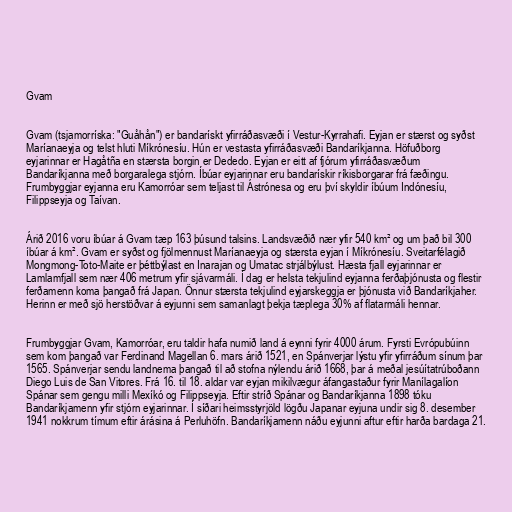
Gvam

Gvam (tsjamorríska: "Guåhån") er bandarískt yfirráðasvæði í Vestur-Kyrrahafi. Eyjan er stærst og syðst
Maríanaeyja og telst hluti Míkrónesíu. Hún er vestasta yfirráðasvæði Bandaríkjanna. Höfuðborg
eyjarinnar er Hagåtña en stærsta borgin er Dededo. Eyjan er eitt af fjórum yfirráðasvæðum
Bandaríkjanna með borgaralega stjórn. Íbúar eyjarinnar eru bandarískir ríkisborgarar frá fæðingu.
Frumbyggjar eyjanna eru Kamorróar sem teljast til Ástrónesa og eru því skyldir íbúum Indónesíu,
Filippseyja og Taívan.

Árið 2016 voru íbúar á Gvam tæp 163 þúsund talsins. Landsvæðið nær yfir 540 km² og um það bil 300
íbúar á km². Gvam er syðst og fjölmennust Maríanaeyja og stærsta eyjan í Míkrónesíu. Sveitarfélagið
Mongmong-Toto-Maite er þéttbýlast en Inarajan og Umatac strjálbýlust. Hæsta fjall eyjarinnar er
Lamlamfjall sem nær 406 metrum yfir sjávarmáli. Í dag er helsta tekjulind eyjanna ferðaþjónusta og flestir
ferðamenn koma þangað frá Japan. Önnur stærsta tekjulind eyjarskeggja er þjónusta við Bandaríkjaher.
Herinn er með sjö herstöðvar á eyjunni sem samanlagt þekja tæplega 30% af flatarmáli hennar.

Frumbyggjar Gvam, Kamorróar, eru taldir hafa numið land á eynni fyrir 4000 árum. Fyrsti Evrópubúinn
sem kom þangað var Ferdinand Magellan 6. mars árið 1521, en Spánverjar lýstu yfir yfirráðum sínum þar
1565. Spánverjar sendu landnema þangað til að stofna nýlendu árið 1668, þar á meðal jesúítatrúboðann
Diego Luis de San Vitores. Frá 16. til 18. aldar var eyjan mikilvægur áfangastaður fyrir Manílagalíon
Spánar sem gengu milli Mexíkó og Filippseyja. Eftir stríð Spánar og Bandaríkjanna 1898 tóku
Bandaríkjamenn yfir stjórn eyjarinnar. Í síðari heimsstyrjöld lögðu Japanar eyjuna undir sig 8. desember
1941 nokkrum tímum eftir árásina á Perluhöfn. Bandaríkjamenn náðu eyjunni aftur eftir harða bardaga 21.